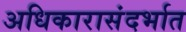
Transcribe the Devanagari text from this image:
अधिकारासंदर्भात